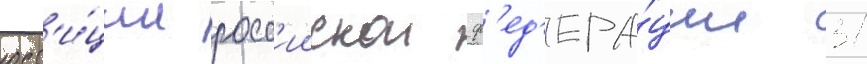
юст'и́ции росс'иискои ф'ед'ера́ции 31